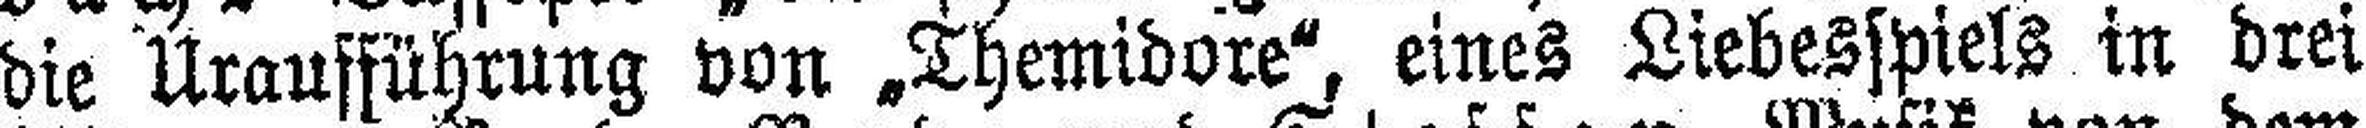
die Uraufführung von „Themidore", eines Liebesspiels in drei